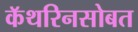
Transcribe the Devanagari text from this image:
कॅथरिनसोबत